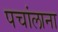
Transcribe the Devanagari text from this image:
पचांलाना